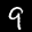
Label: 9